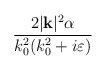
\begin{align*}\frac{2|\mathbf{k}|^{2}\alpha }{k^{2}_{0}(k^{2}_{0}+i\varepsilon )}\end{align*}